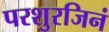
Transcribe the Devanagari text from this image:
परशुरजिनं